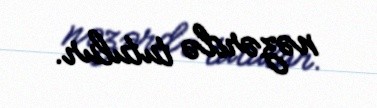
nəzərdə tutulur.